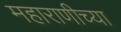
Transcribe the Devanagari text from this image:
महाराणीच्या